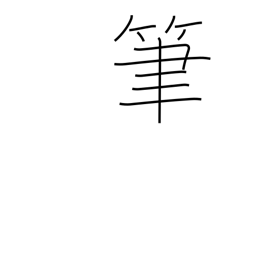
Meaning: writing